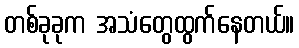
တစ်ခုခုက အသံတွေထွက်နေတယ်။